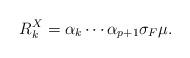
LaTeX: \begin{align*}R^X_k=\alpha_k\cdots \alpha_{p+1}\sigma_F \mu.\end{align*}